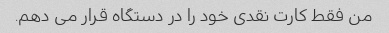
من فقط کارت نقدی خود را در دستگاه قرار می دهم.